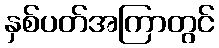
နှစ်ပတ်အကြာတွင်